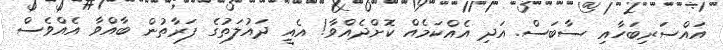
އައްސަރިބަހާއި ސާބަސް. އަދި އެއްކަމެއް ކޮށްދެއްވާ! އެއީ ދައުލަތުގެ ފަރާތުން ބާއްވާ އެއްވެސް